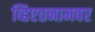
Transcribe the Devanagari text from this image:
व्हिएतनामवर